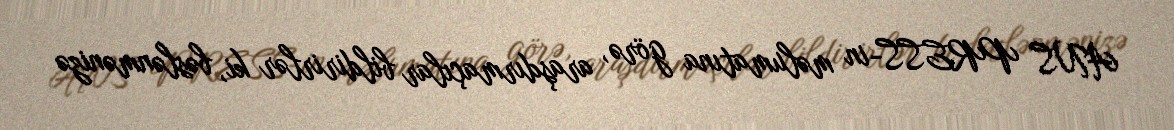
ANS PRESS-in məlumatına görə, araşdırmaçılar bildirirlər ki, bəslənmənizə